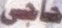
حاجی